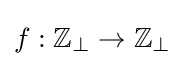
f:\mathbb {Z} _{\bot }\to \mathbb {Z} _{\bot }